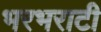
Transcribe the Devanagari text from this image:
भरभराटी